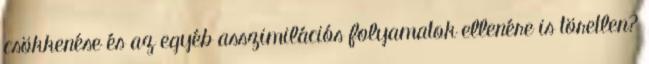
csökkenése és az egyéb asszimilációs folyamatok ellenére is töretlen?